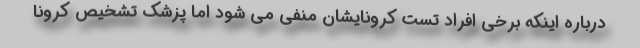
درباره اینکه برخی افراد تست کرونایشان منفی می شود اما پزشک تشخیص کرونا